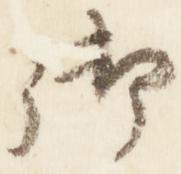
御